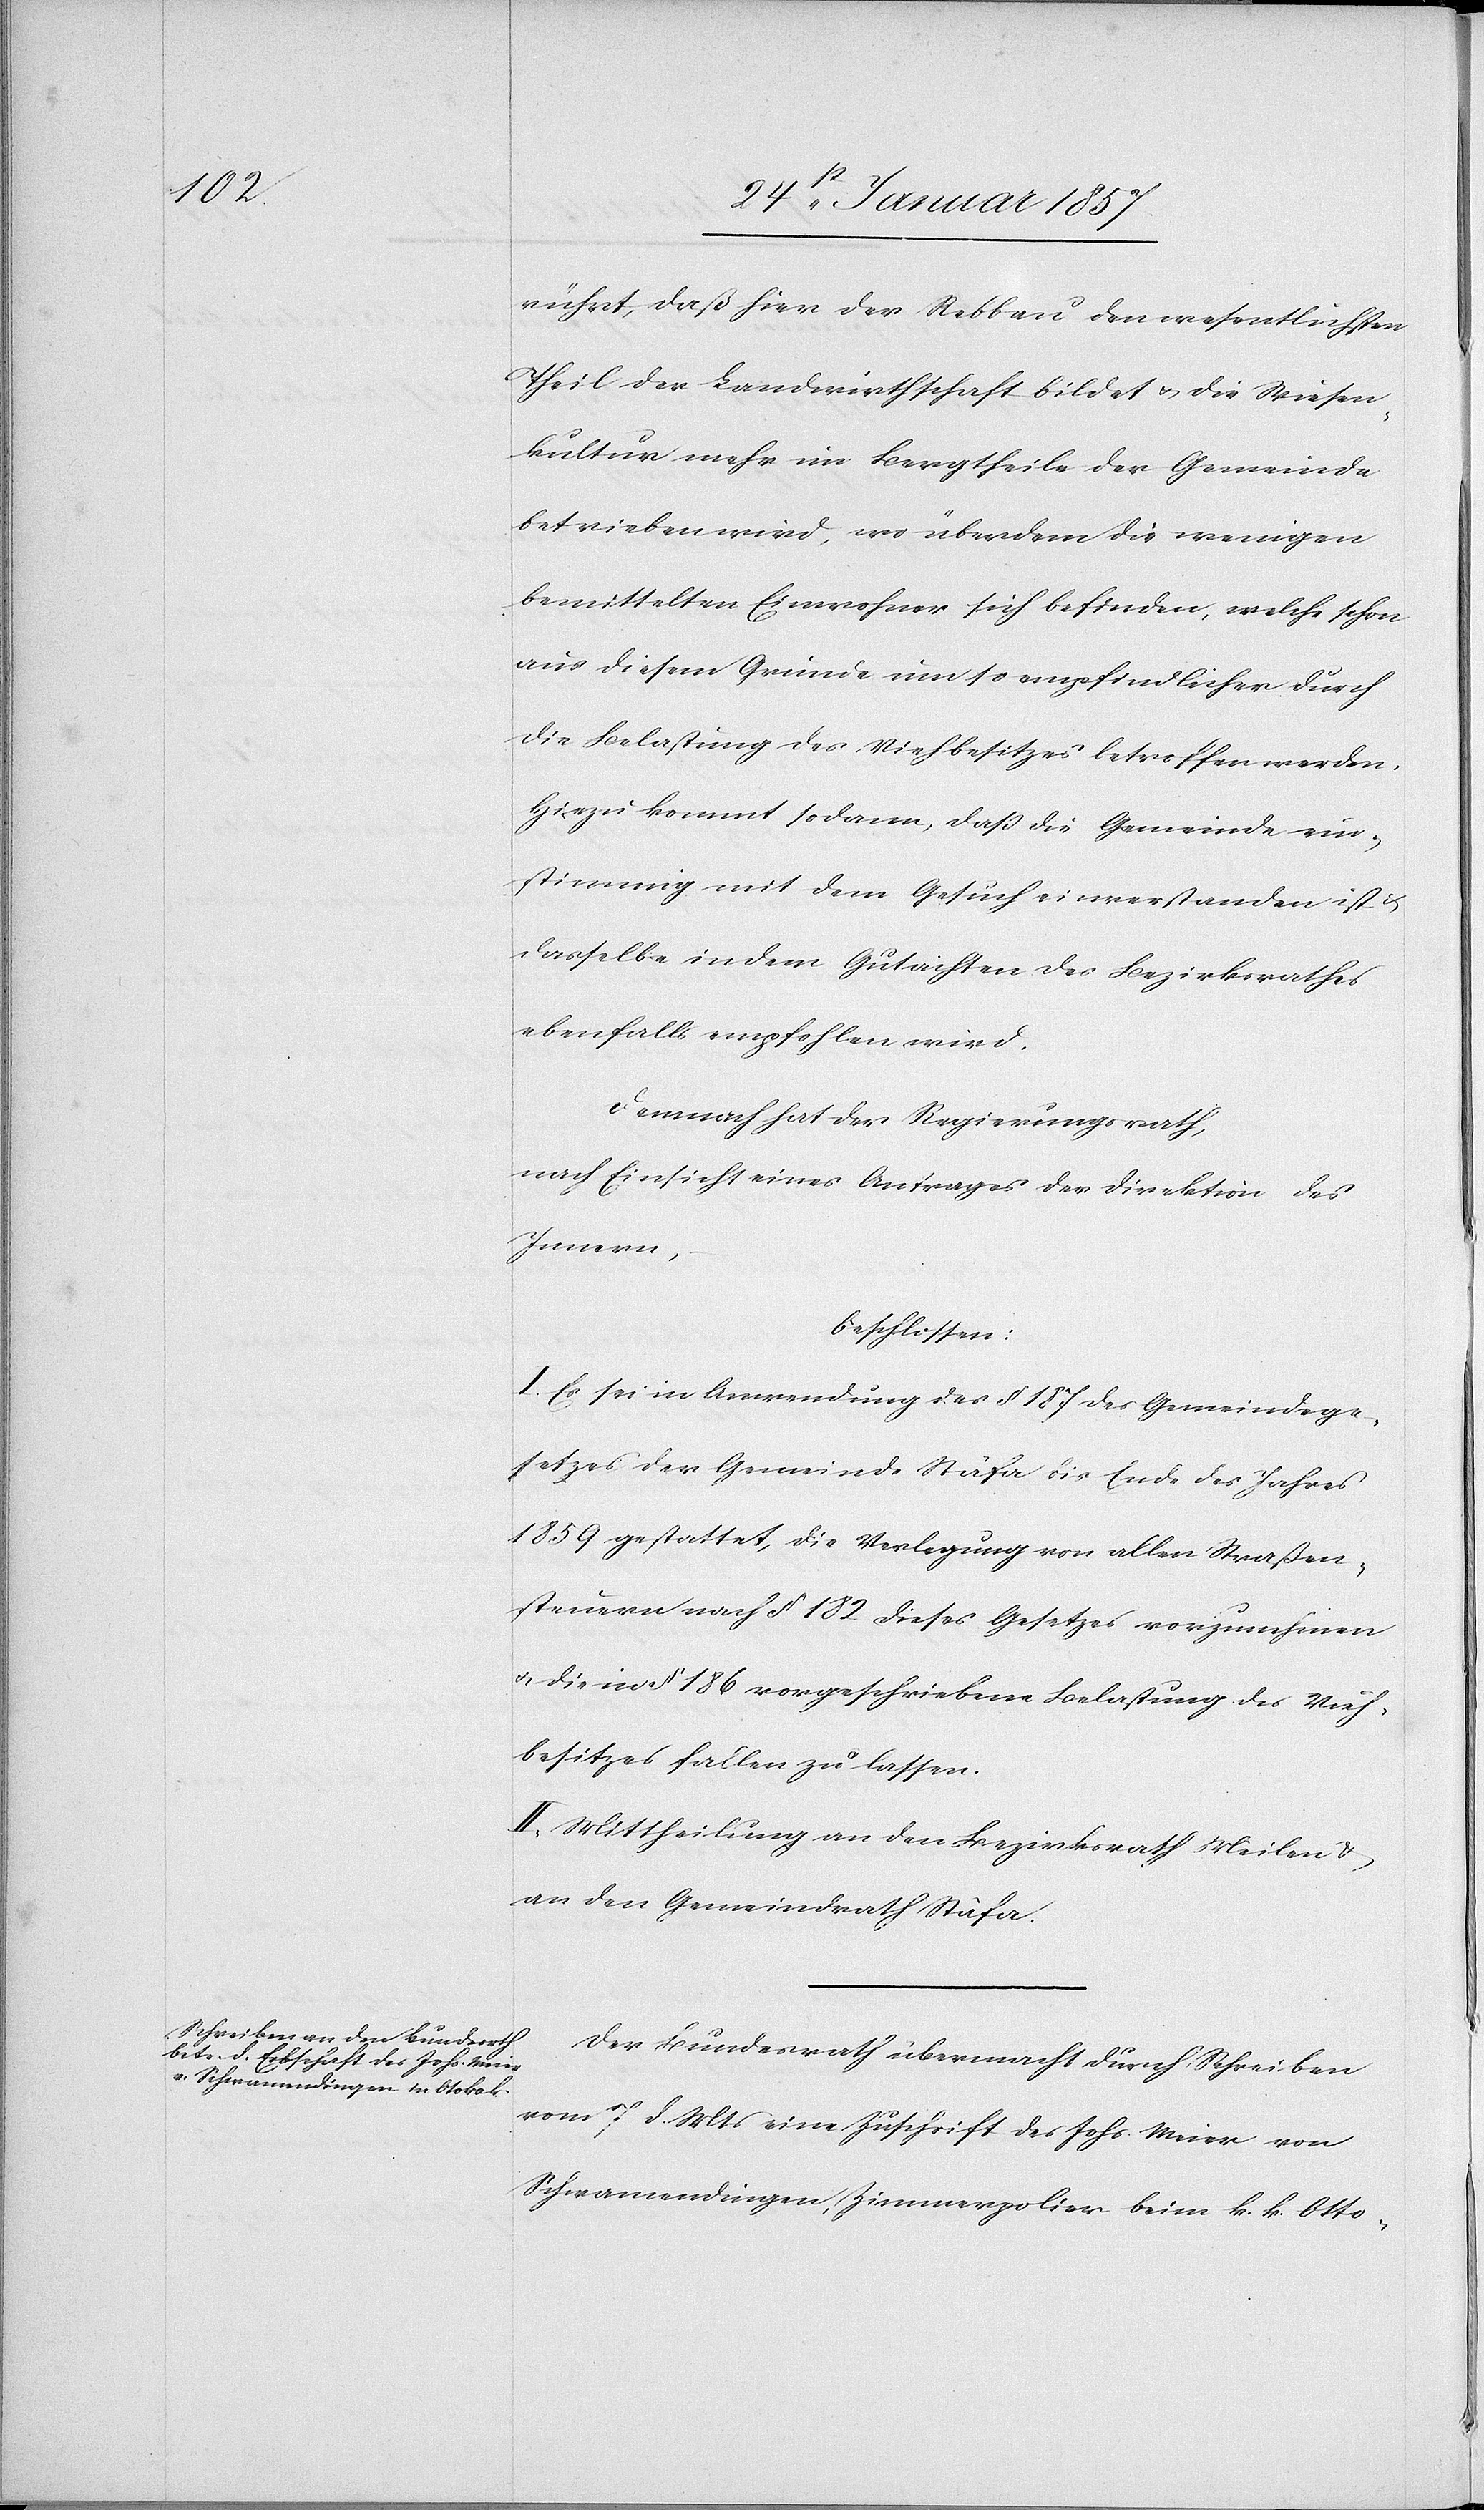
rührt, daß hier der Rebbau den wesentlichen
Theil der Landwirthschaft bildet & die Wiesen¬
kultur mehr im Bergtheile der Gemeinde
betrieben wird, wo überdem die wenigen
bemittelten Einwohner sich befinden, welche schon
aus diesem Grunde umso empfindlicher durch
die Belastung des Viehbesitzes betroffen werden.
Hinzu kommt sodann, daß die Gemeinde ein¬
stimmig mit dem Gesuch einverstanden ist &
dasselbe in dem Gutachten des Bezirksrathes
ebenfalls empfohlen wird.
Demnach hat der Regierungsrath,
nach Einsicht eines Antrages der Direktion des
Innern,
beschlossen:
I. Es sei in Anwendung des § 187 des Gemeindege¬
setzes der Gemeinde Stäfa bis Ende des Jahres
1859 gestattet, die Verlegung von allen Straßen¬
steuern nach § 182 dieses Gesetzes vorzunehmen
& die in § 186 vorgeschriebene Belastung des Vieh¬
besitzes fallen zu lassen.
II. Mittheilung an den Bezirksrath Meilen &
an den Gemeinderath Stäfa.
Der Bundesrath übermacht durch Schreiben
vom 7 d. Mts eine Zuschrift des Johs. Meier von
Schwamendingen; Zimmerpolier beim k. k. Otto-